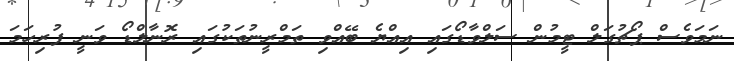
ނަމަވެސް ޕޯޗުގަލް ޓީމުން ސަލްވާޑޯގައި އިއްޔެ ބޭއްވި ތަމްރީނުތަކުގައި ރޮނާލްޑޯ ވަނީ ފުރިހަމަ